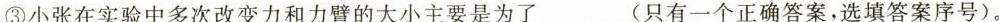
③小张在实验中多次改变力和力臂的大小主要是为了___(只有一个正确答案，选填答案序号)。